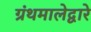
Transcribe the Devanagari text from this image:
ग्रंथमालेद्वारे